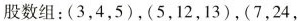
股数组：(3、4，5)，(5，12，13)，(7，24，